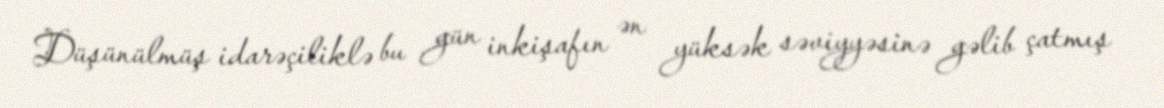
Düşünülmüş idarəçiliklə bu gün inkişafın ən yüksək səviyyəsinə gəlib çatmış